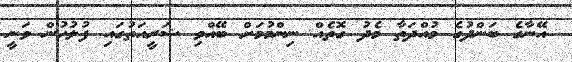
އޭނާގެ ބަންދުގެ މުއްދަތާ މެދު ގޮތެއް ނިންމުމަށް ބޭއްވި ޝަރީއަތުގައި ފުލުހުން ވަނީ